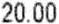
20.00